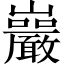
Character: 巖